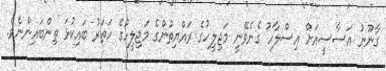
ގާނޫނު އަސާސީއަށް އިސްލާހު ގެނެވޭނީ މަޖިލީހުގެ ރައްޔިތުންގެ މަޖިލީހުގެ ހަތަރު ބައިކުޅަ ތިންބައިންނެވެ.